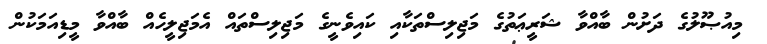
މިއުޞޫލުގެ ދަށުން ބާއްވާ ޝަރީޢަތުގެ މަޖިލިސްތަކާއި ކައިވެނީގެ މަޖިލިސްތައް އެމަޖިލީހެއް ބާއްވާ މީޑިއަމަކުން